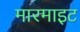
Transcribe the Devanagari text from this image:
मारमाइट